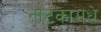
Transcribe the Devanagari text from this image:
नाटकामधे